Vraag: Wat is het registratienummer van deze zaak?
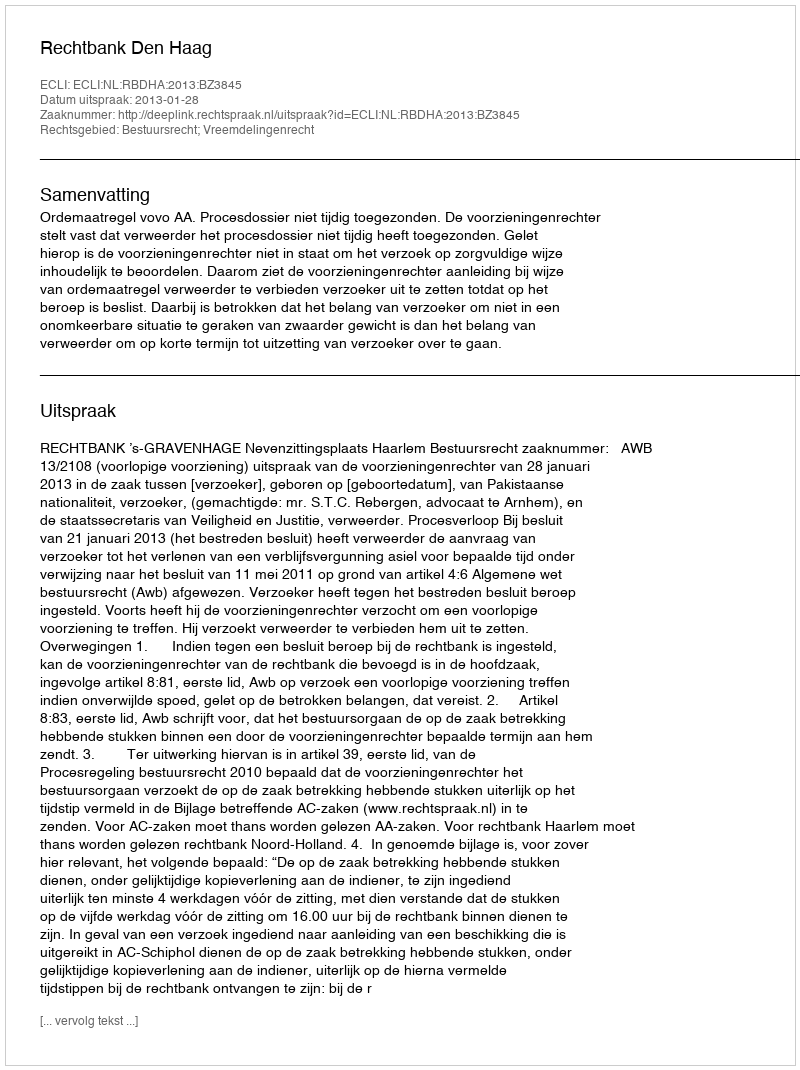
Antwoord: http://deeplink.rechtspraak.nl/uitspraak?id=ECLI:NL:RBDHA:2013:BZ3845